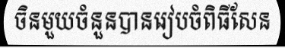
ចិនមួយចំនួនបានរៀបចំពិធីសែន